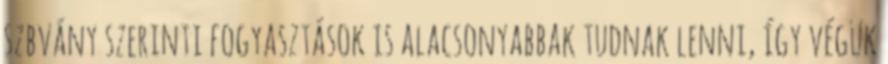
szbvány szerinti fogyasztások is alacsonyabbak tudnak lenni, így végük